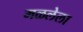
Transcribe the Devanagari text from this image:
मळलेला